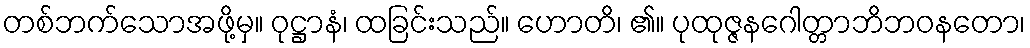
တစ်ဘက်သောအဖို့မှ။ ဝုဋ္ဌာနံ၊ ထခြင်းသည်။ ဟောတိ၊ ၏။ ပုထုဇ္ဇနဂေါတ္တာဘိဘဝနတော၊